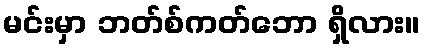
မင်းမှာ ဘတ်စ်ကတ်ဘော ရှိလား။